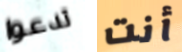
تدعوا أنت